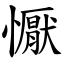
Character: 懨